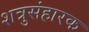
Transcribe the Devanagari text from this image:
शत्रुसंहारक